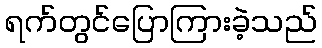
ရက်တွင်ပြောကြားခဲ့သည်